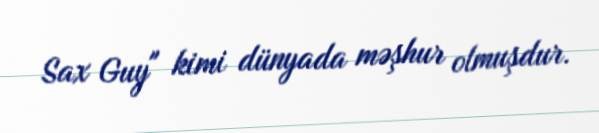
Sax Guy" kimi dünyada məşhur olmuşdur.